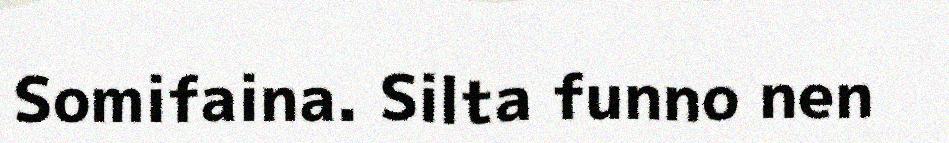
Somifaina. Silta funno nen